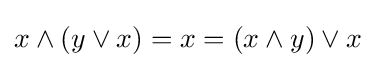
x\wedge (y\vee x)=x=(x\wedge y)\vee x